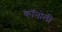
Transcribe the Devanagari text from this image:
कॉनोली